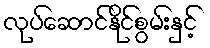
လုပ်ဆောင်နိုင်စွမ်းနှင့်